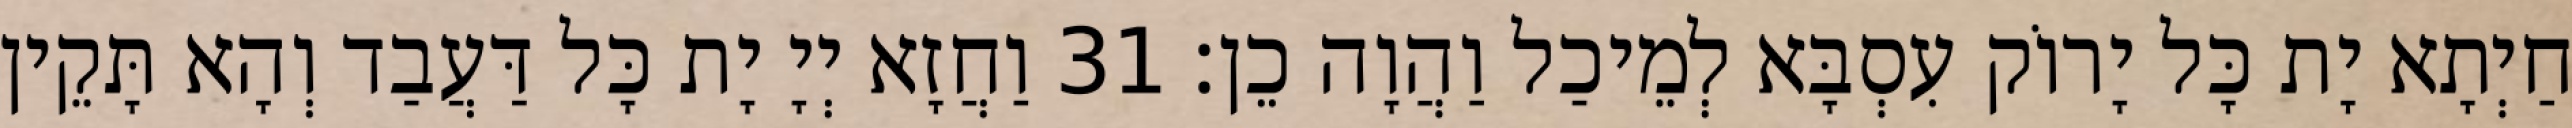
חַיְתָא יָת כָּל יָרוֹק עִסְבָּא לְמֵיכַל וַהֲוָה כֵן׃ 31 וַחֲזָא יְיָ יָת כָּל דַּעֲבַד וְהָא תָּקֵין